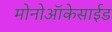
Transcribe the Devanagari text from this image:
मोनोऑकेसाईड